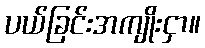
ပယ်ခြင်းအကျိုးငှာ။